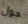
حول